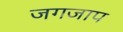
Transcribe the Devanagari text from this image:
जगजाप